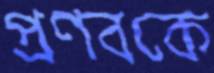
প্রণবকে